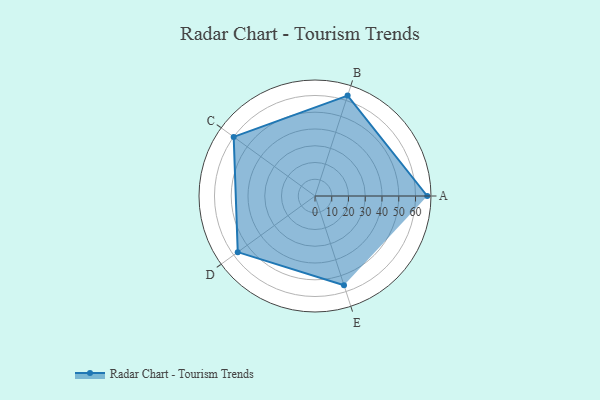
{"axis": {"x": "Skill", "y": "Score"}, "legend": ["Profile"], "data": [{"x": "A", "y": 67.0, "type": "Profile"}, {"x": "B", "y": 63.0, "type": "Profile"}, {"x": "C", "y": 60.0, "type": "Profile"}, {"x": "D", "y": 57.0, "type": "Profile"}, {"x": "E", "y": 56.0, "type": "Profile"}]}